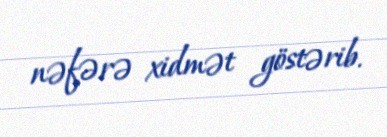
nəfərə xidmət göstərib.